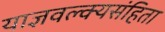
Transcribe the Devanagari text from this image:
याज्ञवल्क्यसंहिता